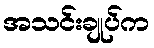
အသင်းချုပ်က